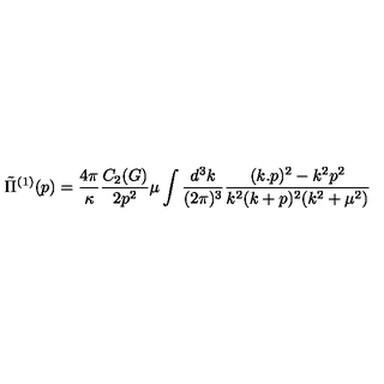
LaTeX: \tilde { \Pi } ^ { ( 1 ) } ( p ) = \frac { 4 \pi } { \kappa } \frac { C _ { 2 } ( G ) } { 2 p ^ { 2 } } \mu \int \frac { d ^ { 3 } k } { ( 2 \pi ) ^ { 3 } } \frac { ( k . p ) ^ { 2 } - k ^ { 2 } p ^ { 2 } } { k ^ { 2 } ( k + p ) ^ { 2 } ( k ^ { 2 } + \mu ^ { 2 } ) }